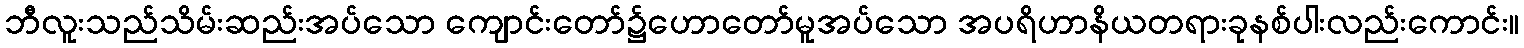
ဘီလူးသည်သိမ်းဆည်းအပ်သော ကျောင်းတော်၌ဟောတော်မူအပ်သော အပရိဟာနိယတရားခုနစ်ပါးလည်းကောင်း။